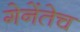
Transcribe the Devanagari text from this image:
गेनेंतेच